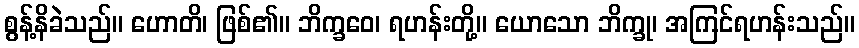
စွန့်နိခဲသည်။ ဟောတိ၊ ဖြစ်၏။ ဘိက္ခဝေ၊ ရဟန်းတို့။ ယောသော ဘိက္ခု၊ အကြင်ရဟန်းသည်။